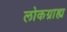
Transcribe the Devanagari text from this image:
लोकग्राह्य